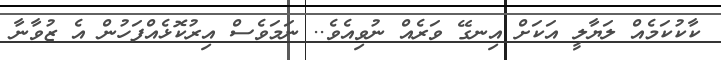
ކާކުކަމެއް ލަޔާލީ އަކަށް އިނގޭ ވަރެއް ނުވިއެވެ.. ނަމަވެސް އިރުކޮޅެއްފަހުން އެ ޒުވާނާ